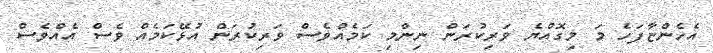
އެހެންޏާފަހެ މަ މިގޮއްޔެ ވަރިކުރަން ނިންމި ކަމެއްވެސް ވަރިކުރަން އުޅޭކަމެއް ވެސް އެއްވެސް